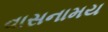
વાસનામય